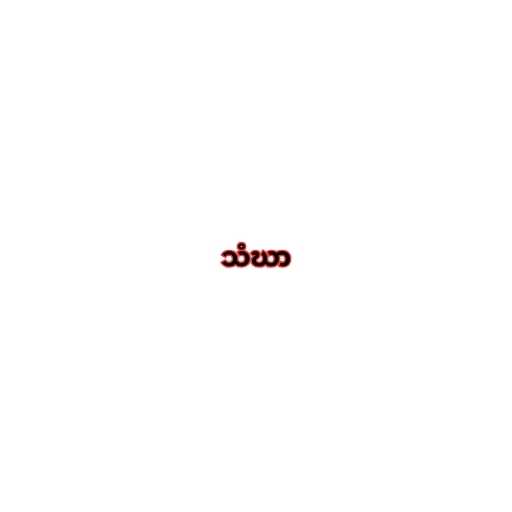
သံဃာ